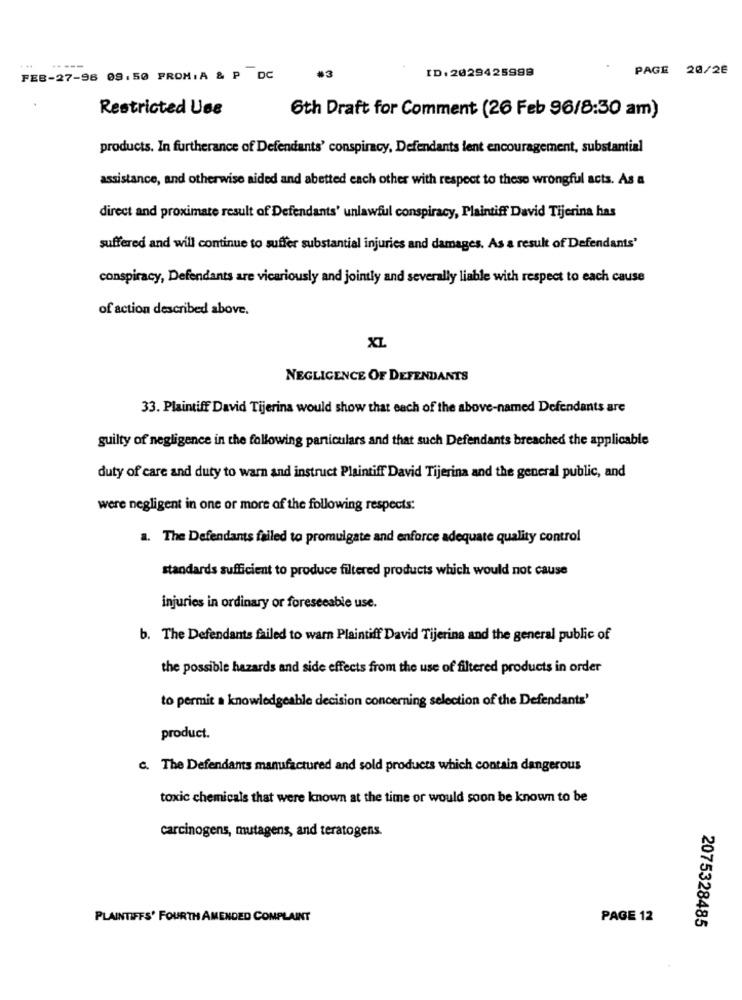
-----
ID: 2029425998
PAGE 20/26
FEB-27-96 09.50 PROM. A & P DC
.3
Restricted Use
6th Draft for Comment (26 Feb 96/8:30 am)
products. In furtherance of Defendants' conspiracy, Defendants lent encouragement, substantial
assistance, and otherwise aided and abetted each other with respect to these wrongful acts. As a
direct and proximate result of Defendants' unlawful conspiracy, Plaintiff David Tijerina has
suffered and will continue to suffer substantial injuries and damages. As a result of Defendants'
conspiracy, Defendants are vicariously and jointly and severally liable with respect to each cause
of action described above.
XL
NEGLIGENCE OF DEFENDANTS
33. Plaintiff David Tijerina would show that each of the above-named Defendants are
guilty of negligence in the following particulars and that such Defendants breached the applicable
duty of care and duty to warn and instruct Plaintiff David Tijerina and the general public, and
were negligent in one or more of the following respects:
a. The Defendants failed to promulgate and enforce adequate quality control
standards sufficient to produce filtered products which would not cause
injuries in ordinary or foreseeable use.
b. The Defendants failed to warn Plaintiff David Tijerina and the general public of
the possible hazards and side effects from the use of filtered products in order
to permit a knowledgeable decision concerning selection of the Defendants'
product.
c. The Defendants manufactured and sold products which contain dangerous
toxic chemicals that were known at the time or would soon be known to be
carcinogens, mutagens, and teratogens.
PLAINTIFFS' FOURTH AMENDED COMPLAINT
PAGE 12
2075328485